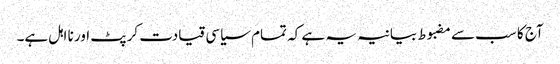
آج کا سب سے مضبوط بیانیہ یہ ہے کہ تمام سیاسی قیادت کرپٹ اور نا اہل ہے۔